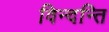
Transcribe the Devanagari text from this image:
विन्दन्ति